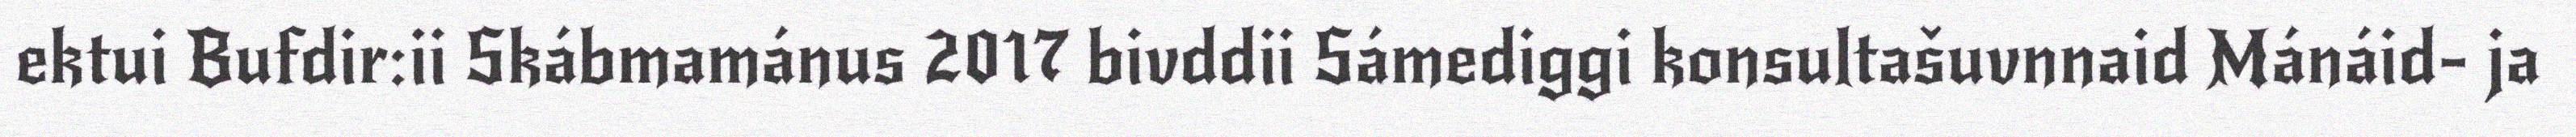
ektui Bufdir:ii Skábmamánus 2017 bivddii Sámediggi konsultašuvnnaid Mánáid- ja